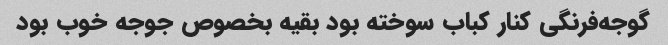
گوجه‌فرنگی کنار کباب سوخته بود بقیه بخصوص جوجه خوب بود